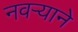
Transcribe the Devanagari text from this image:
नवर्‍याने